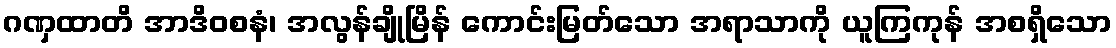
ဂဏှထာတိ အာဒိဝစနံ၊ အလွန်ချိုမြိန် ကောင်းမြတ်သော အရာသာကို ယူကြကုန် အစရှိသော